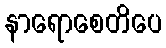
နာရောစေတိပေ